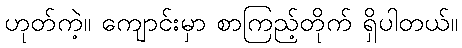
ဟုတ်ကဲ့။ ကျောင်းမှာ စာကြည့်တိုက် ရှိပါတယ်။